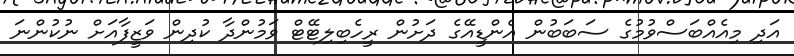
އަދި މިއެއްބަސްވުމުގެ ސަބަބުން އެންޑީއޭގެ ދަށުން ރީހެބިލިޓޭޓް ވަމުންދާ ކުދިން ވަޒީފާއަށް ނުކުންނަ